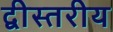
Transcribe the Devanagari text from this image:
द्वीस्तरीय